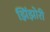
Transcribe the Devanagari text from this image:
झिंझोरी